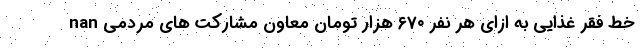
nan خط فقر غذایی به ازای هر نفر ۶۷۰ هزار تومان معاون مشارکت های مردمی